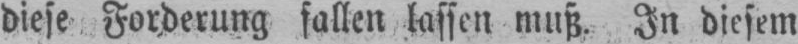
diese Forderung fallen lassen muß. In diesem